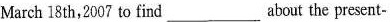
March 18 th,2007 to find ___about the present-